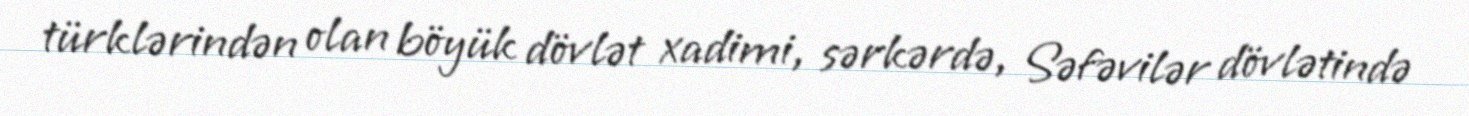
türklərindən olan böyük dövlət xadimi, sərkərdə, Səfəvilər dövlətində